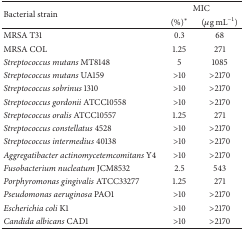
<table><thead><tr><td rowspan="2"><b>Bacterial strain</b></td><td colspan="2"><b>MIC</b></td></tr><tr><td><b>(%)<sup><i>∗</i></sup></b></td><td><b> (<i>μ</i>g mL<sup>−1</sup>)</b></td></tr></thead><tbody><tr><td>MRSA T31</td><td>0.3</td><td>68</td></tr><tr><td>MRSA COL</td><td>1.25</td><td>271</td></tr><tr><td><i>Streptococcus mutans</i> MT8148</td><td>5</td><td>1085</td></tr><tr><td><i>Streptococcus mutans</i> UA159</td><td>&gt;10</td><td>&gt;2170</td></tr><tr><td><i>Streptococcus sobrinus</i> 1310</td><td>&gt;10</td><td>&gt;2170</td></tr><tr><td><i>Streptococcus gordonii</i> ATCC10558</td><td>&gt;10</td><td>&gt;2170</td></tr><tr><td><i>Streptococcus oralis</i> ATCC10557</td><td>1.25</td><td>271</td></tr><tr><td><i>Streptococcus constellatus</i> 4528</td><td>&gt;10</td><td>&gt;2170</td></tr><tr><td><i>Streptococcus intermedius</i> 40138</td><td>&gt;10</td><td>&gt;2170</td></tr><tr><td><i>Aggregatibacter actinomycetemcomitans</i> Y4</td><td>&gt;10</td><td>&gt;2170</td></tr><tr><td><i>Fusobacterium nucleatum </i>JCM8532</td><td>2.5</td><td>543</td></tr><tr><td><i>Porphyromonas gingivalis</i> ATCC33277</td><td>1.25</td><td>271</td></tr><tr><td><i>Pseudomonas aeruginosa</i> PAO1</td><td>&gt;10</td><td>&gt;2170</td></tr><tr><td><i>Escherichia coli</i> K1</td><td>&gt;10</td><td>&gt;2170</td></tr><tr><td><i>Candida albicans</i> CAD1 </td><td>&gt;10</td><td>&gt;2170</td></tr></tbody></table>